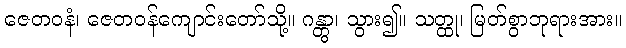
ဇေတဝနံ၊ ဇေတဝန်ကျောင်းတော်သို့။ ဂန္တွာ၊ သွား၍။ သတ္ထု၊ မြတ်စွာဘုရားအား။